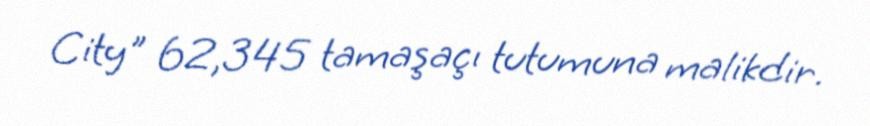
City" 62,345 tamaşaçı tutumuna malikdir.